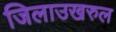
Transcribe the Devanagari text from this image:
जिलाउखरुल